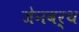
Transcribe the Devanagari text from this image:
जेनवर्थ